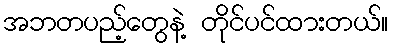
အဘတပည့်တွေနဲ့ တိုင်ပင်ထားတယ်။